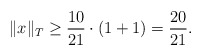
\begin{align*}\|x\|_{T} \geq \frac{10}{21} \cdot \left(1 + 1\right) = \frac{20}{21}.\end{align*}